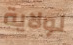
لولاية